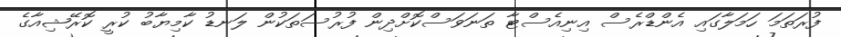
ފުރަތަމަ ހަމަލާގައި އެންޑްރެސް އިނިއެސްޓާ ތަނަވަސްކޮށްދިން ފުރުސަތަކުން ލަނޑު ކާމިޔާބު ކުރީ ކޮރޭޝިއާގެ